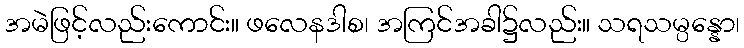
အမဲဖြင့်လည်းကောင်း။ ဖလေနဒါစ၊ အကြင်အခါ၌လည်း။ သရသမ္ပန္နော၊